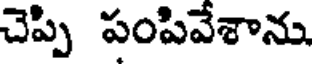
చెప్పి పంపివేశాను